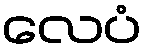
လေပံ